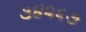
૩૪૨૬૭